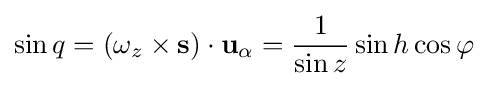
\sin q=(\omega _{z}\times \mathbf {s} )\cdot \mathbf {u} _{\alpha }={\frac {1}{\sin z}}\sin h\cos \varphi